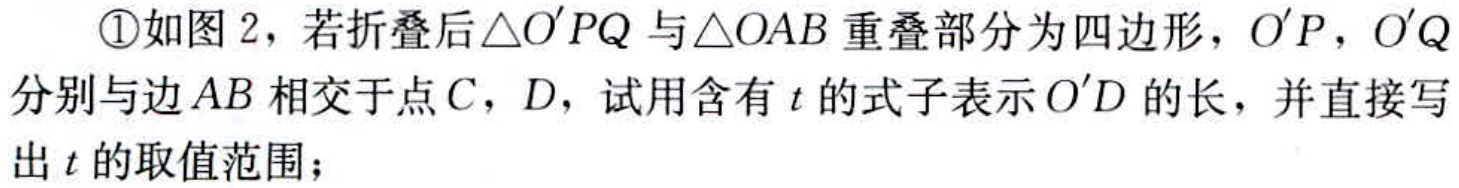
\textcircled{1}如图2，若折叠后$\triangle O'PQ$与$\triangle OAB$重叠部分为四边形，$O'P$，$O'Q$分别与边$AB$相交于点$C$，$D$，试用含有$t$的式子表示$O'D$的长，并直接写出$t$的取值范围；